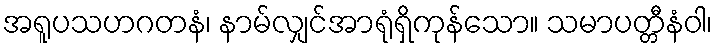
အရူပသဟဂတနံ၊ နာမ်လျှင်အာရုံရှိကုန်သော။ သမာပတ္တီနံဝါ၊